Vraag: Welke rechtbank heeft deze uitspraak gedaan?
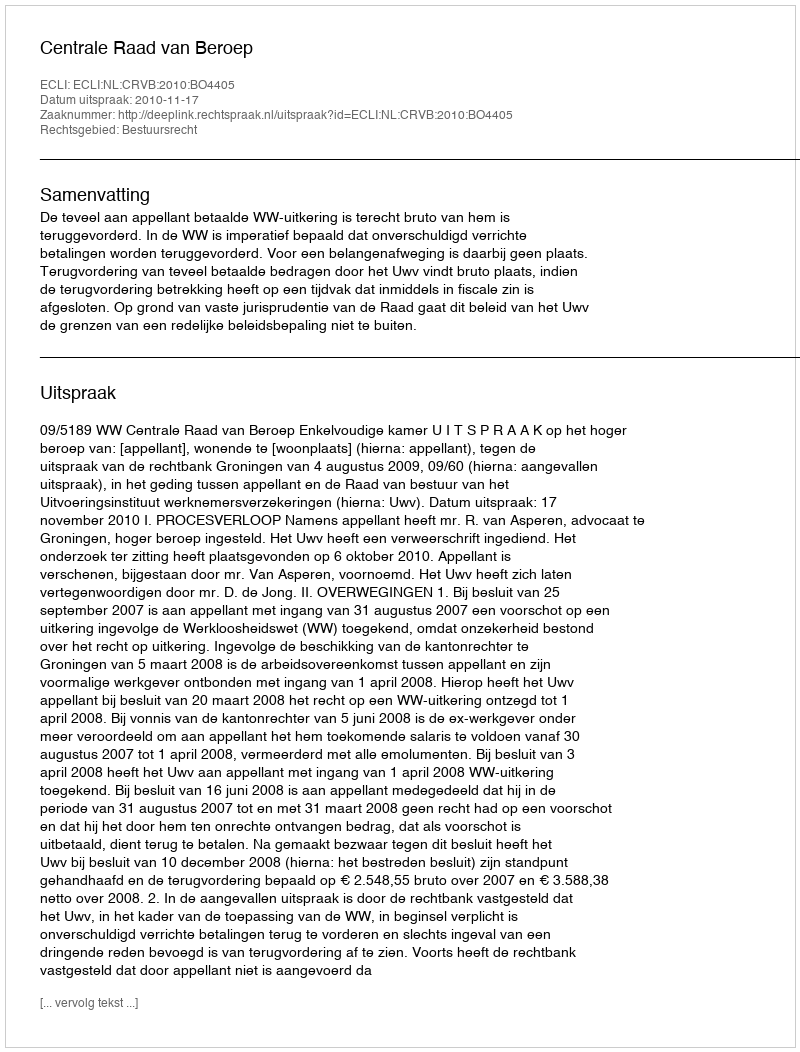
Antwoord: Centrale Raad van Beroep